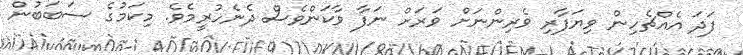
ފަދަ އެއްޗެހިން ވިޔަފާރި ވެރިންނަށް ވަރަށް ނަފާ ވާކަންވެސް ދެނެހުރީމެވެ. މިކަމުގެ ސަބަބުން